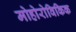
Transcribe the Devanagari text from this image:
मोहोरोविकिक